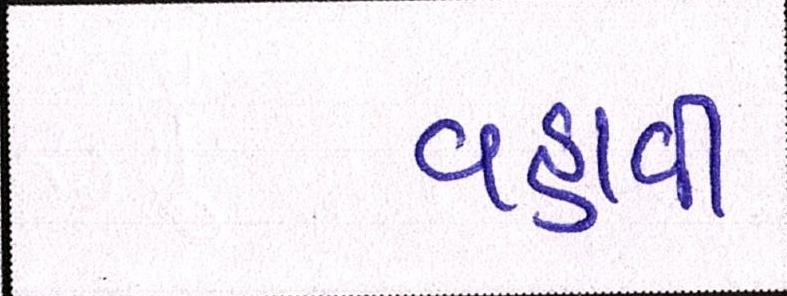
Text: વહાવી